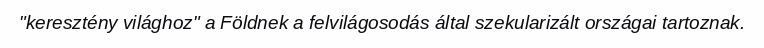
"keresztény világhoz" a Földnek a felvilágosodás által szekularizált országai tartoznak.